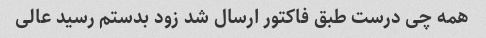
همه چی درست طبق فاکتور ارسال شد زود بدستم رسید عالی